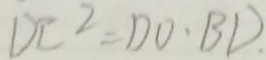
D C ^ { 2 } = D O \cdot B D .